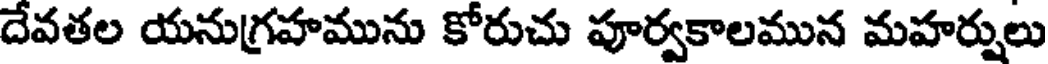
దేవతల యనుగ్రహమును కోరుచు పూర్వకాలమున మహర్షులు